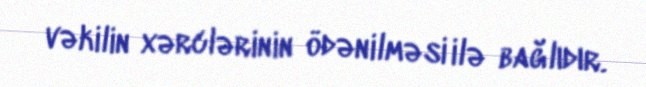
vəkilin xərclərinin ödənilməsi ilə bağlıdır.